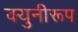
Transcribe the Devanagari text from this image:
क्युनीरूप